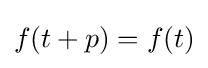
f(t+p)=f(t)